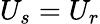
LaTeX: U_{s}=U_{r}